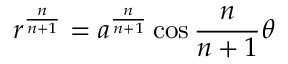
r ^ { \frac { n } { n + 1 } } = a ^ { \frac { n } { n + 1 } } \cos { \frac { n } { n + 1 } } \theta